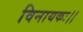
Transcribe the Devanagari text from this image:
विनायकः।।